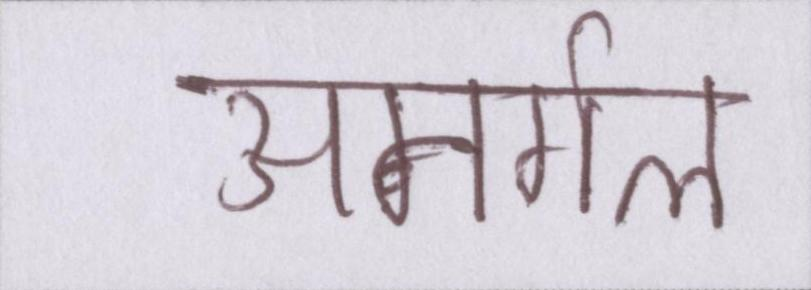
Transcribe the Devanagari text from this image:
अनर्गल